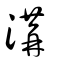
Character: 溝